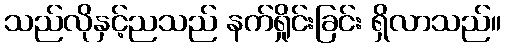
သည်လိုနှင့်ညသည် နက်ရှိုင်းခြင်း ရှိလာသည်။